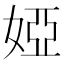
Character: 婭